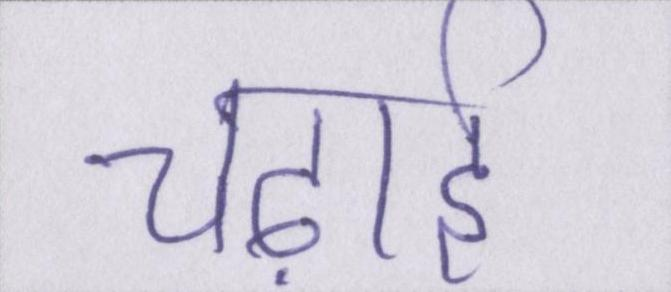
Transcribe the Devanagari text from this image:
चढ़ाई